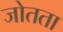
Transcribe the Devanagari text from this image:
जोतता